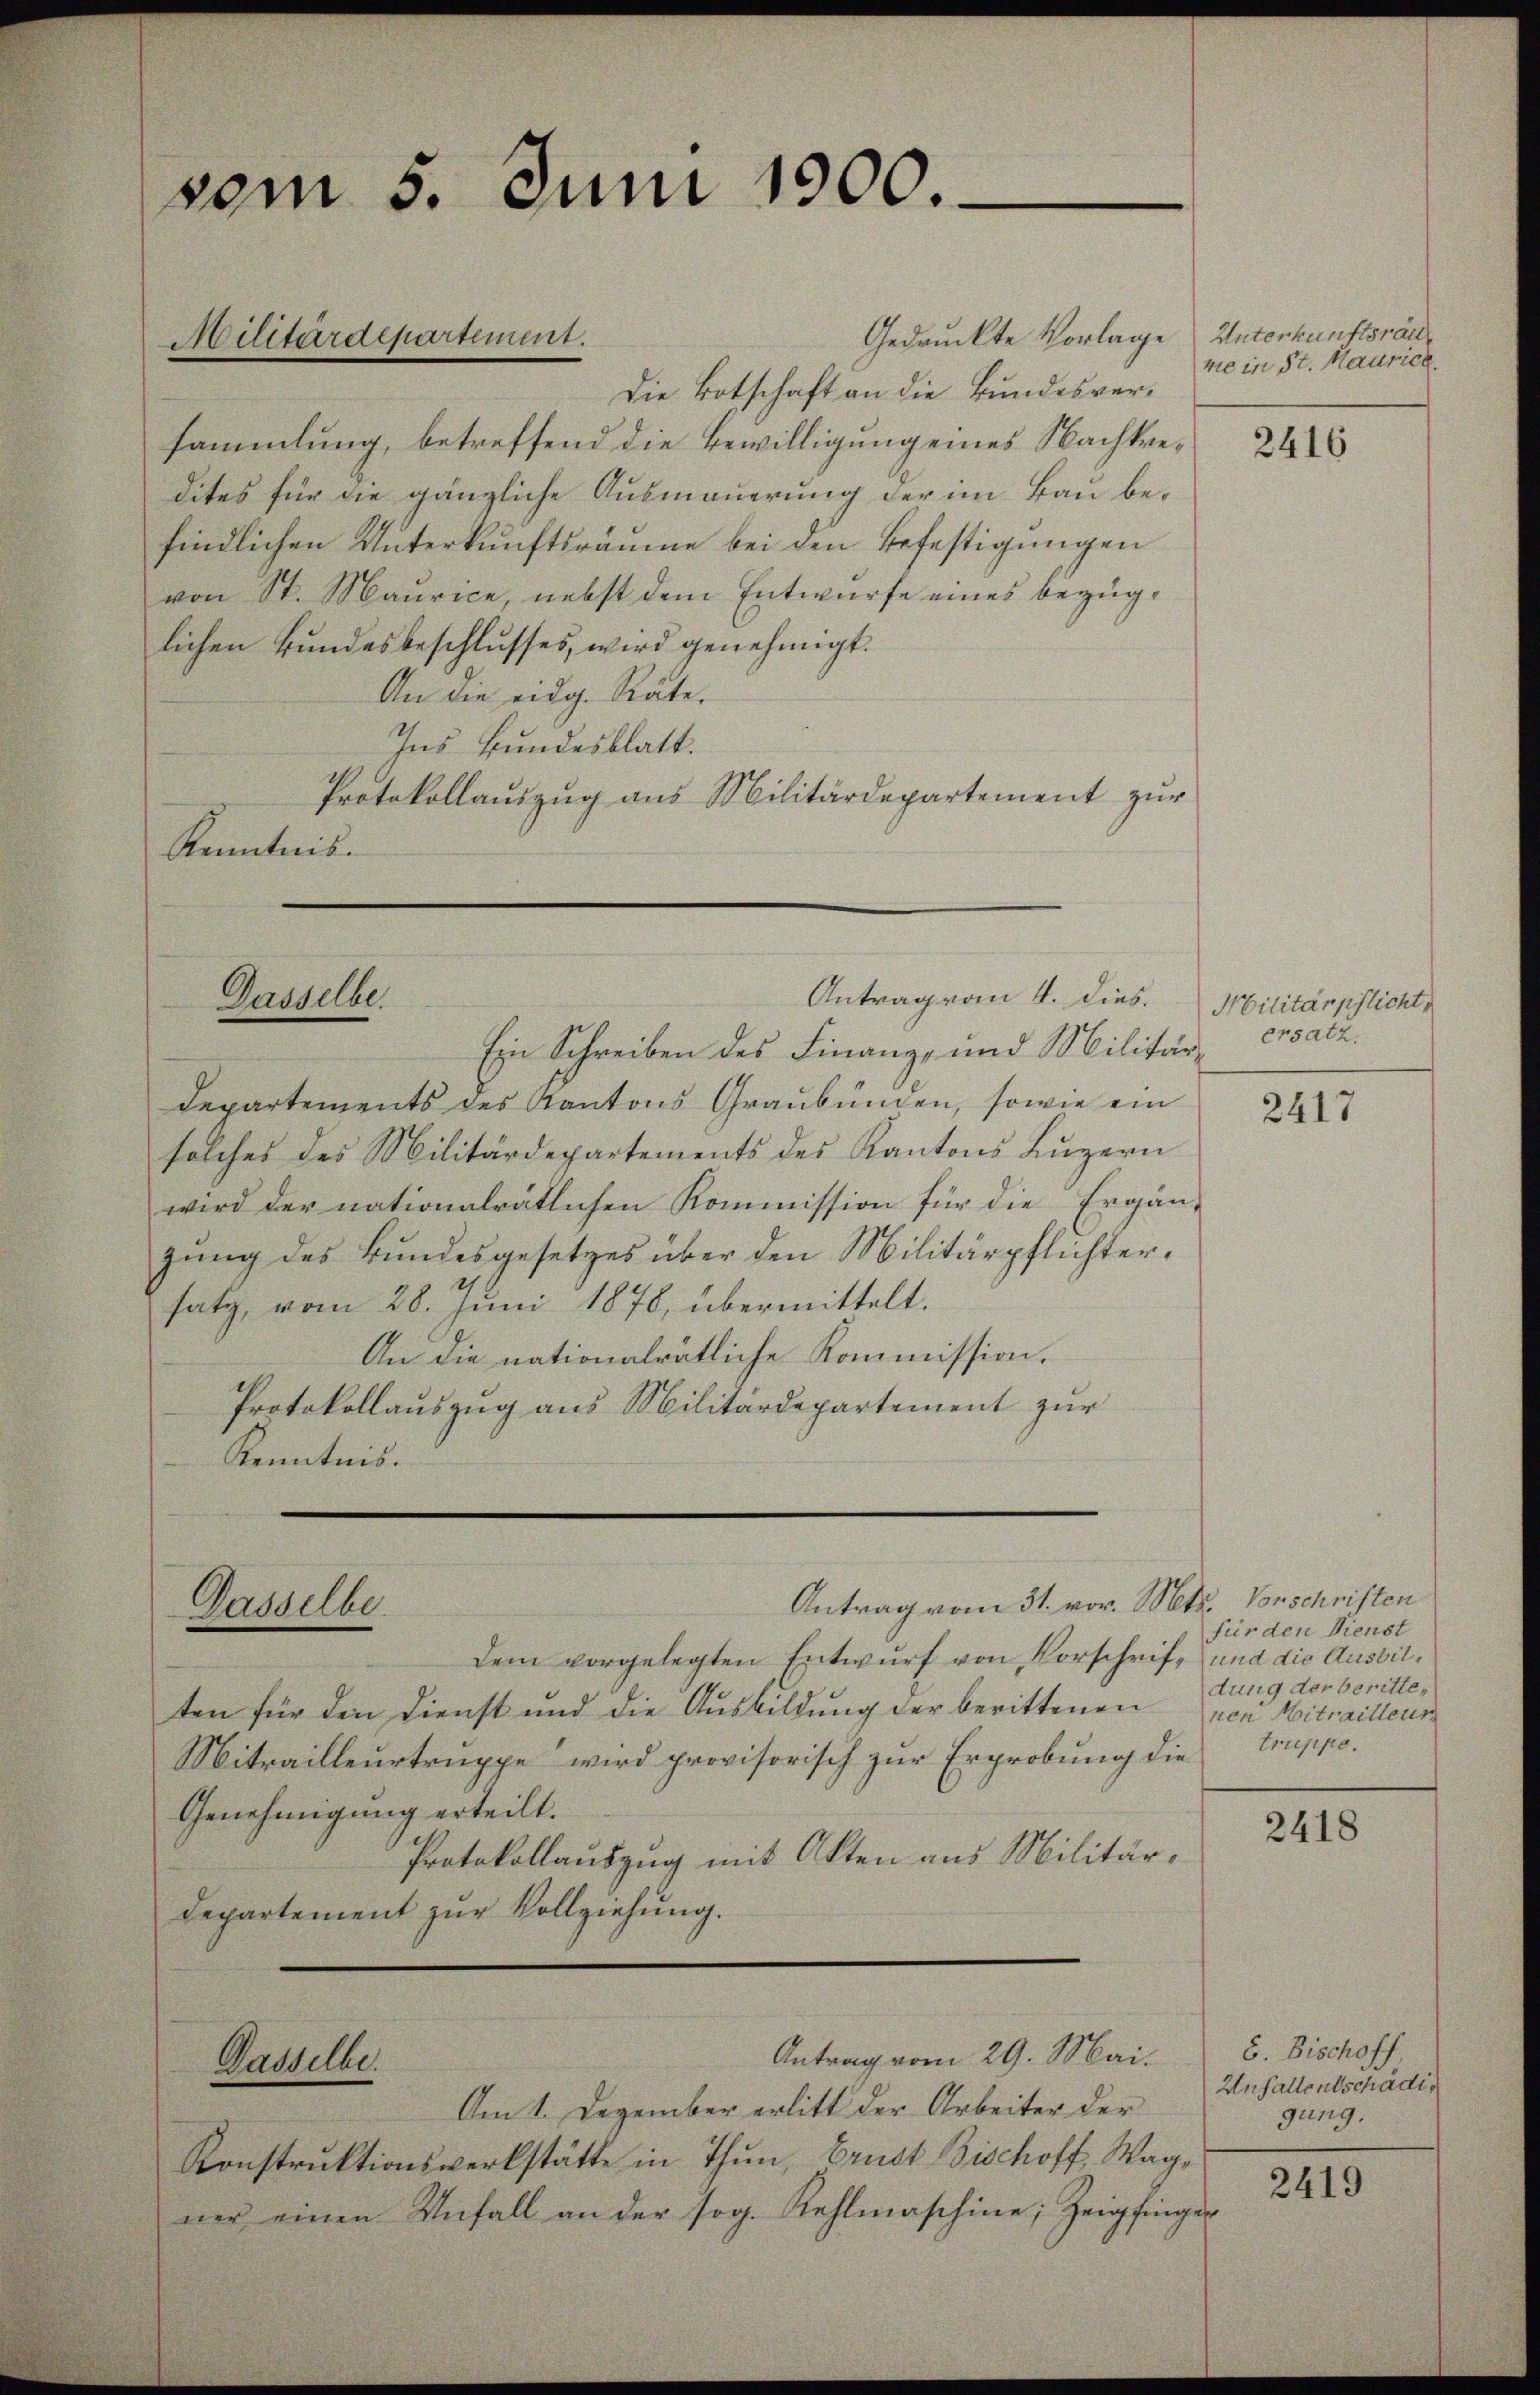
vom 5. Juni 1900.

Militärdepartement.

Gedruckte Vorlage
Die Botschaft an die Bundesversammlung, betreffend die Bewilligung eines Nachkredites für die gänzliche Ausmauerung der im Bau befindlichen Unterkunftsräume bei den Befestigungen
von St. Maurice, nebst dem Entwurfe eines bezüglichen Bundesbeschlusses, wird genehmigt.
An die eidg. Räte.
Ins Bundesblatt.
Protokollauszug aus Militärdepartement zŭr
Kenntnis.

Gasselbe

Dasselbe

Gasselbe.

Ein Schreiben des Finanz- und Militär ersatz.
Departements des Kantons Graubünden, sowie ein
solches des Militärdepartements des Kantons Luzern
wird der nationalrätlichen Kommission für die Ergän-
zung des Bundesgesetzes über den Militärpflichtersatz, vom 28. Juni 1878, übermittelt.
An die nationalrätliche Kommission.
Protokollauszug aus Militärdepartement zur
Kenntnis.

Antrag vom 4. dies. Militärpflicht,

dem vorgelegten Entwurf von Vorschrift und die Ausbilten für den Dienst und die Aŭsbildŭng der berittenen
Mitrailleurtruppe wird provisorisch zur Erprobung die
Genehmigung erteilt.
Protokollauszug mit Otten aus Militär¬
Departement zŭr Vollziehŭng.

Antrag vom 31. vor. Mts. Vorschriften

Unterkunftsrat
ne in St. Maurich.

2416

Antrag vom 29. Mai.
Am 1. Dezember erlitt der Arbeiter der
Konstruktionswerkstätte in Thun Ernst Bischoff, Wagner einen Unfall an der sog. Kehlmaschine, Zeigfinger

2417

fürden Dienst
dung der berittenen Mitrailleur
truppe.

2418

6. Bischoff
Unfallentschädig
gung.

2419